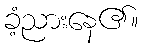
ခံ့ညားနေ၏။